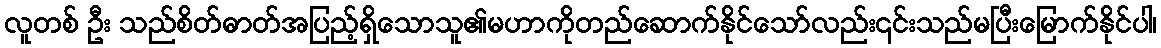
လူတစ် ဦး သည်စိတ်ဓာတ်အပြည့်ရှိသောသူ၏မဟာကိုတည်ဆောက်နိုင်သော်လည်း၎င်းသည်မပြီးမြောက်နိုင်ပါ၊